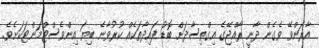
އާރަންވޭ ވެގެން ދާނީ ރާއްޖޭގެ އިގްތިސާދަށް ބޮޑު ފައިދާތަކެއް ކުރުވާނެ ބިޔަ އިންވެސްޓްމަންޓަކަށެވެ.